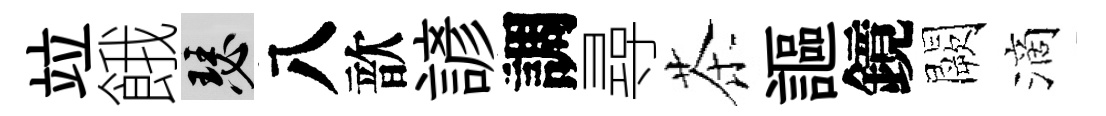
竝餓瑟八歆諺調尋茶謳鏡闕滴